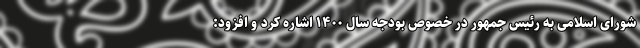
شورای اسلامی به رئیس جمهور در خصوص بودجه سال ۱۴۰۰ اشاره کرد و افزود: